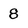
Character: 8